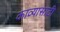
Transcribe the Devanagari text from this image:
काव्यासाठी